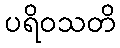
ပရိဝသတိ